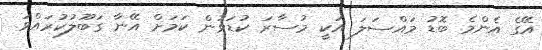
އޭގެ އެންމެ ބޮޑު މައްސަލަ އަކީ މުސާރަ ކުޑަވުން ކަމަށް އޭނާ ގަބޫލުކުރައްވަ